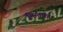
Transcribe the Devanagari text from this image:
मिन्तक़ा